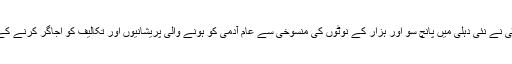
واضح رہے کہ کانگریس پارٹی نے نئی دہلی میں پانچ سو اور ہزار کے نوٹوں کی منسوخی سے عام آدمی کو ہونے والی پریشانیوں اور تکالیف کو اجاگر کرنے کے لئے یہ سیمینار طلب کیا تھا۔